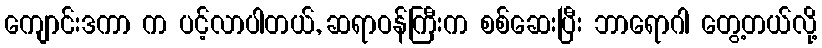
ကျောင်းဒကာ က ပင့်လာပါတယ်, ဆရာဝန်ကြီးက စစ်ဆေးပြီး ဘာရောဂါ တွေ့တယ်လို့